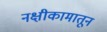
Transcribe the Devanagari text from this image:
नक्षीकामातून